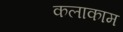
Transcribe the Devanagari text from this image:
कलाकाम